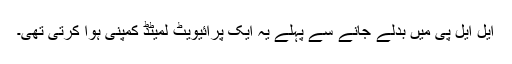
ایل ایل پی میں بدلے جانے سے پہلے یہ ایک پرائیویٹ لمیٹڈ کمپنی ہوا کرتی تھی۔